Report on the nature of kala-azar
Disease focus: Kala-Azar
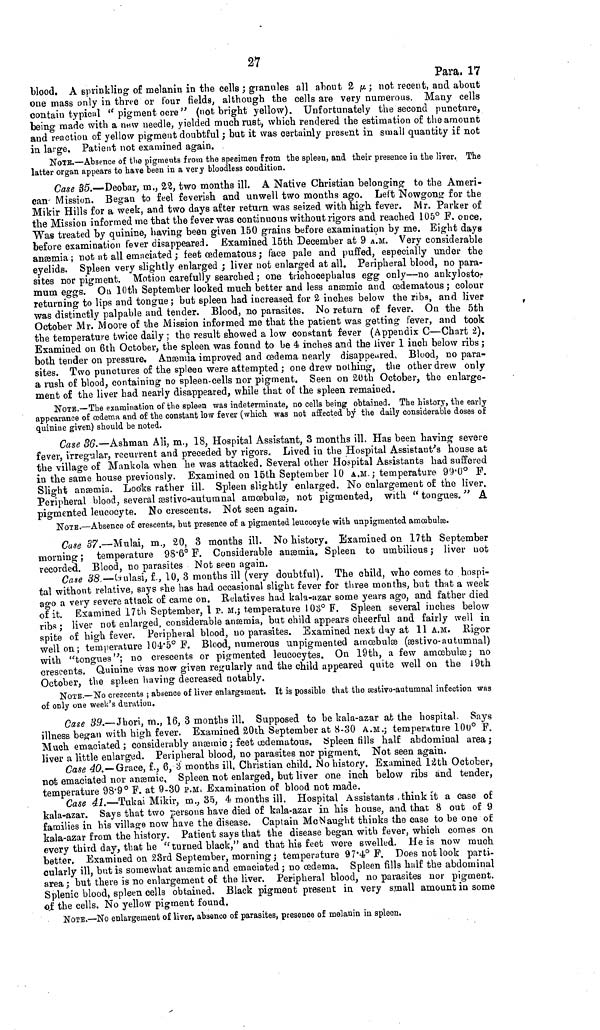
27
Para. 17
blood. A sprinkling of melanin in the cells ; granules all about 2 μ ; not recent, and about
one mass only in three or four fields, although the cells are very numerous. Many cells
contain typical " pigment ocre" (not bright yellow). Unfortunately the second puncture,
being made with a new needle, yielded much rust, which rendered the estimation of the amount
and reaction of yellow pigment doubtful ; but it was certainly present in small quantity if not
in large. Patient not examined again.
NOTE.—Absence of the pigments from the specimen from the spleen, and their presence in the liver. The
latter organ appears to have been in a very bloodless condition.
Case 35.—Deobar, m., 22, two months ill. A Native Christian belonging to the Ameri-
can Mission. Began to feel feverish and unwell two months ago. Left Nowgong for the
Mikir Hills for a week, and two days after return was seized with high fever. Mr. Parker of
the Mission informed me that the fever was continuous without rigors and reached 105° F. once.
Was treated by quinine, having been given 150 grains before examination by me. Eight days
before examination fever disappeared. Examined 15th December at 9 A.M. Very considerable
anæmia ; not at all emaciated ; feet œdematous ; face pale and puffed, especially under the
eyelids. Spleen very slightly enlarged ; liver not enlarged at all. Peripheral blood, no para-
sites nor pigment. Motion carefully searched ; one trichocephalus egg only—no ankylosto-
mum eggs. Ou 10th September looked much better and less anæmic and œdematous ; colour
returning to lips and tongue ; but spleen had increased for 2 inches below the ribs, and liver
was distinctly palpable and tender. Blood, no parasites. No return of fever. On the 5th
October Mr. Moore of the Mission informed me that the patient was getting fever, and took
the temperature twice daily ; the result showed a low constant fever (Appendix C—Chart 2).
Examined on 6th October, the spleen was found to be 4 inches and the liver 1 inch below ribs ;
both tender on pressure. Anæmia improved and œdema nearly disappeared. Blood, no para-
sites. Two punctures of the spleen were attempted ; one drew nothing, the other drew only
a rush of blood, containing no spleen-cells nor pigment. Seen on 20th October, the enlarge-
ment of the liver had nearly disappeared, while that of the spleen remained.
NOTE.—The examination of the spleen was indeterminate, no cells being obtained. The history, the early
appearance of oedema and of the constant low fever (which was not affected by the daily considerable doses of
quinine given) should be noted.
Case 36.—Ashman Ali, m., 18, Hospital Assistant, 3 months ill. Has been having severe
fever, irregular, recurrent and preceded by rigors. Lived in the Hospital Assistant's house at
the village of Mankola when he was attacked. Several other Hospital Assistants had suffered
in the same house previously. Examined on 15th September 10 A.M. ; temperature 99.0° F.
Slight anæmia. Looks rather ill. Spleen slightly enlarged. No enlargement of the liver.
Peripheral blood, several æstivo-autumnal amœbulæ, not pigmented, with " tongues. " A
pigmented leucocyte. No crescents. Not seen again.
NOTE.—Absence of crescents, but presence of a pigmented leucocyte with unpigmented amœbulæ.
Case 37.—Mulai, m., 20, 3 months ill. No history. Examined on 17th September
morning ; temperature 98.6° F. Considerable anæmia. Spleen to umbilicus ; liver not
recorded. Blood, no parasites Not seen again.
Case 38. — Gulasi, f., 10, 3 months ill (very doubtful). The child, who comes to hospi-
tal without relative, says she has had occasional slight fever for three months, but that a week
ago a very severe attack of came on. Relatives had kala-azar some years ago, and father died
of it. Examined 17th September, 1 p. M.; temperature 103° F. Spleen several inches below
ribs ; liver not enlarged, considerable anæmia, but child appears cheerful and fairly well in
spite of high fever. Peripheral blood, no parasites. Examined next day at 11 A.M. Rigor
well on ; temperature 104.5° F. Blood, numerous unpigmented amœbulæ (æstivo-autumnal)
with "tongues"; no crescents or pigmented leucocytes. On 19th, a few amœbulæ; no
crescents. Quinine was now given regularly and the child appeared quite well on the 19th
October, the spleen having decreased notably.
NOTE.—No crescents ; absence of liver enlargement. It is possible that the æstivo-autumnal infection was
of only one week's duration.
Case 39.— Jhori, m., 16, 3 months ill. Supposed to be kala-azar at the hospital. Says
illness began with high fever. Examined 20th September at 8-30 A.M.; temperature 100° F.
Much emaciated ; considerably anæmic ; feet œdematous. Spleen tills half abdominal area ;
liver a little enlarged. Peripheral blood, no parasites nor pigment. Not seen again.
Case 40.—Grace, f., 6, 3 months ill. Christian child. No history. Examined 12th October,
not emaciated nor anæmic. Spleen not enlarged, but liver one inch below ribs and tender,
temperature 98.9° F. at 9-30 P.M. Examination of blood not made.
Case 41.—Tukai Mikir, m., 35, 4 months ill. Hospital Assistants think it a case of
kala-azar. Says that two persons have died of kala-azar in his house, and that 8 out of 9
families in his village now have the disease. Captain McNaught thinks the case to be one of
kala-azar from the history. Patient says that the disease began with fever, which comes on
every third day, that he "turned black," and that his feet were swelled. He is now much
better. Examined on 23rd September, morning ; temperature 97.4° F. Does not look parti-
cularly ill, but is somewhat anæmic and emaciated ; no œdema. Spleen fills half the abdominal
area ; but there is no enlargement of the liver. Peripheral blood, no parasites nor pigment.
Splenic blood, spleen cells obtained. Black pigment present in very small amount in some
of the cells. No yellow pigment found.
NOTE.—No enlargement of liver, absence of parasites, presence of melanin in spleen.